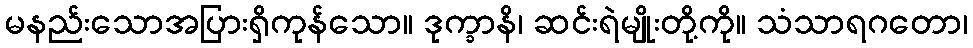
မနည်းသောအပြားရှိကုန်သော။ ဒုက္ခာနိ၊ ဆင်းရဲမျိုးတို့ကို။ သံသာရဂတော၊